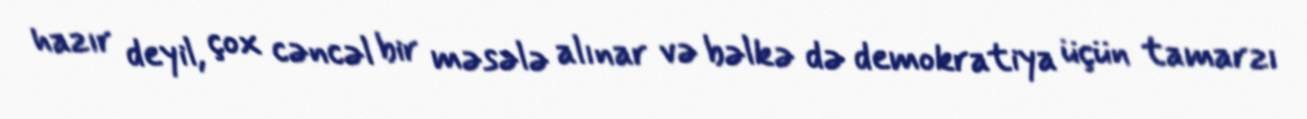
hazır deyil, çox cəncəl bir məsələ alınar və bəlkə də demokratiya üçün tamarzı